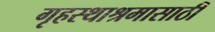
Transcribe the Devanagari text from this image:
गृहस्थाश्रमासाठी